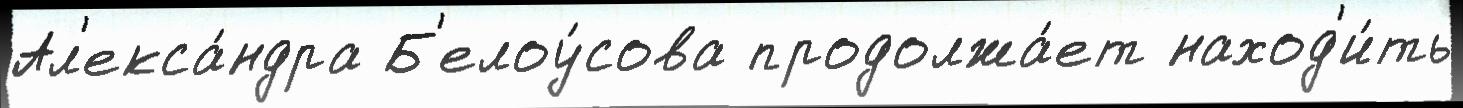
Ал'екса́ндра Б'елоу́сова продолжа́ет наход'и́ть